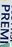
PREMI